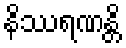
နိဿရဏန္တိ